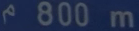
^{\wedge}800\